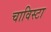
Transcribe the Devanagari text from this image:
चाविस्टा